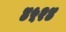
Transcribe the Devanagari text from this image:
४५२४